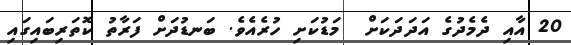
20 އާއި ދެމެދުގެ އަދަދަކަށް  މަޑުކަށި ހުރެއެވެ. ބަނޑުދަށް ފަރާތު ކޮތަރިބައިގައި